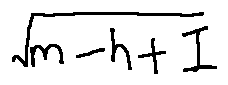
\sqrt { m - h + I }